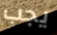
يجب